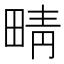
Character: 𤲟